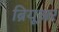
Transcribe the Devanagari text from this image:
ब्रियूअर